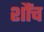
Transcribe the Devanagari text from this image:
शौंच